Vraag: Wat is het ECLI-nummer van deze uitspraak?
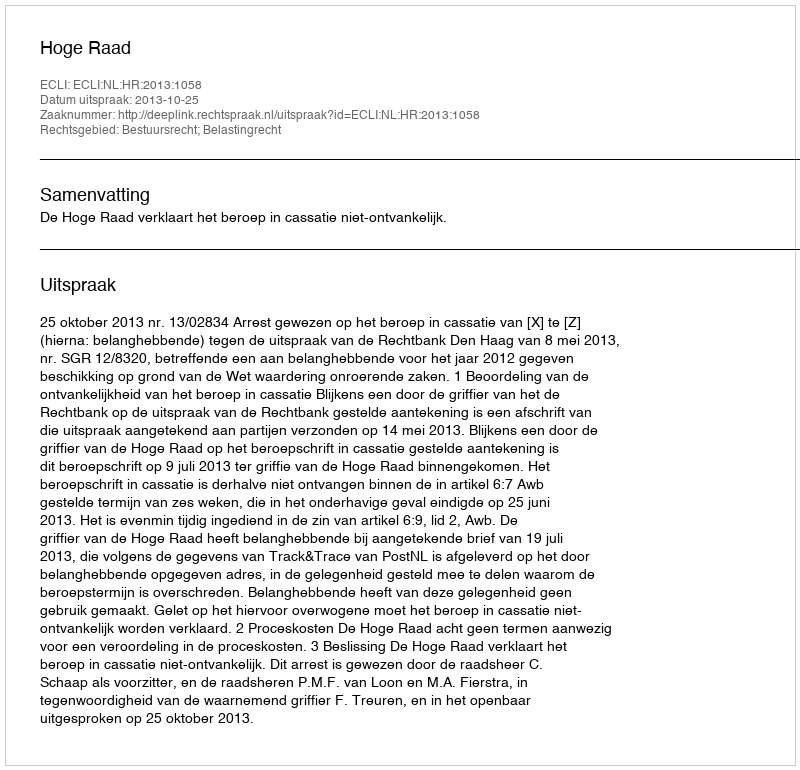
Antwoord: ECLI:NL:HR:2013:1058